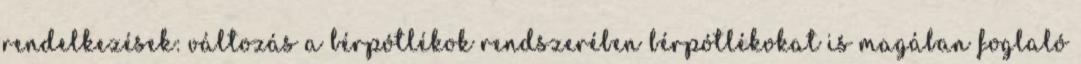
rendelkezések: változás a bérpótlékok rendszerében bérpótlékokat is magában foglaló